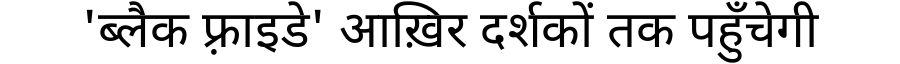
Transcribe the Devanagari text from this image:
'ब्लैक फ़्राइडे' आख़िर दर्शकों तक पहुँचेगी